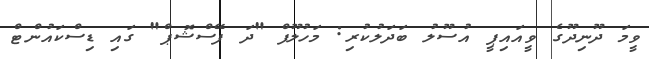
ވީމަ ދޫނިދޫގެ ވީއައިޕީ އުސޫލު ބަދަލުކުރި: މަހުލޫފް "ދަ ފޭސްޝޮޕް" ގައި ޑިސްކައުންޓް